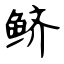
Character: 鲚